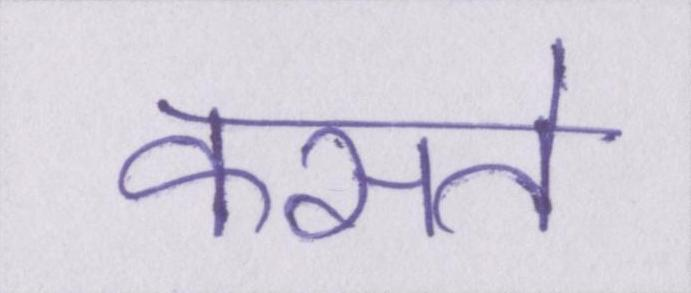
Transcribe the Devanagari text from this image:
कसते